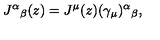
J ^ { \alpha } { } _ { \beta } ( z ) = J ^ { \mu } ( z ) ( \gamma _ { \mu } ) ^ { \alpha } { } _ { \beta } ,